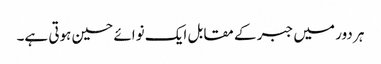
ہر دور میں جبر کے مقابل ایک نوائے حسین ہوتی ہے۔